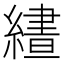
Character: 𮉂